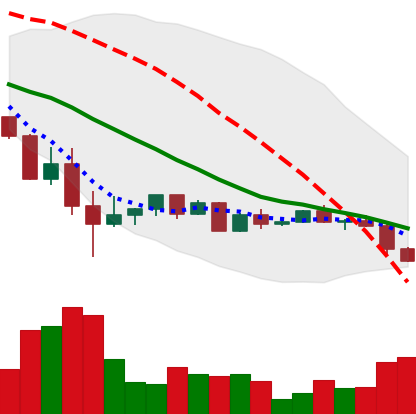
Ticker: ETH-USD
Chart end date: 2022-05-27
Forward return: 5.719%
Label: up_5_7